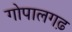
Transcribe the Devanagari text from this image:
गोपालगढ़